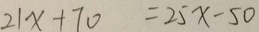
2 1 x + 7 0 = 2 5 x - 5 0